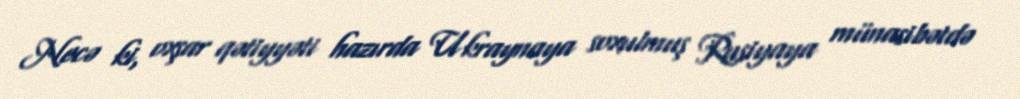
Necə ki, oxşar qətiyyəti hazırda Ukraynaya soxulmuş Rusiyaya münasibətdə